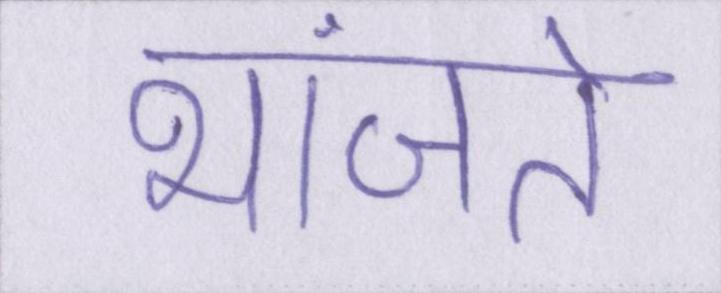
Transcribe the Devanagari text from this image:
भांजते